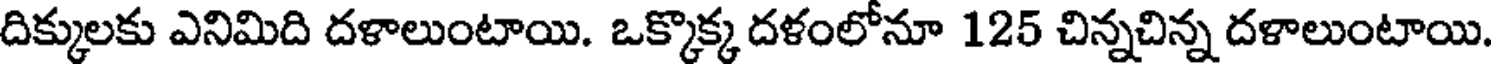
దిక్కులకు ఎనిమిది దళాలుంటాయి. ఒక్కొక్క దళంలోనూ 125 చిన్నచిన్న దళాలుంటాయి.